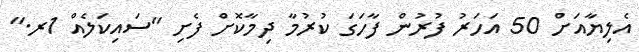
އެލިޔާއަށް 50 އަހަރު ފުރުން ފާހަގަ ކުރުމާ ދިމާކޮށް ފެށި "ސައިކަލެއް 1ރ."